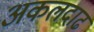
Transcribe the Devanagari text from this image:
अकलदाढ